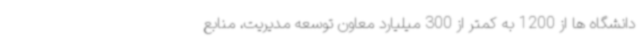
دانشگاه ها از 1200 به کمتر از 300 میلیارد معاون توسعه مدیریت، منابع